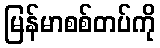
မြန်မာစစ်တပ်ကို